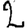
Digit: 2